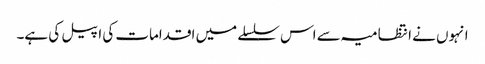
انہوں نے انتظامیہ سے اس سلسلے میں اقدامات کی اپیل کی ہے۔